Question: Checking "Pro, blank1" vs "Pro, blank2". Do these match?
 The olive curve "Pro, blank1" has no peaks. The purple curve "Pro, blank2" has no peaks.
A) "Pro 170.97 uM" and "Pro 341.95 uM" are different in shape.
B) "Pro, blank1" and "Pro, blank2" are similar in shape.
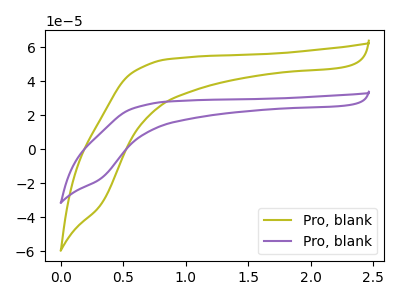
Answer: <think>Neither "Pro, blank1" or "Pro, blank2" have any peaks.
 </think>
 <answer>B) "Pro, blank1" and "Pro, blank2" are similar in shape.</answer>
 <eval>B</eval>